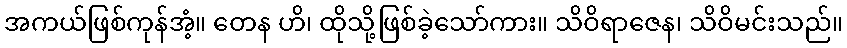
အကယ်ဖြစ်ကုန်အံ့။ တေန ဟိ၊ ထိုသို့ဖြစ်ခဲ့သော်ကား။ သိဝိရာဇေန၊ သိဝိမင်းသည်။